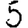
Digit: 5